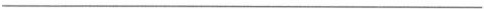
___